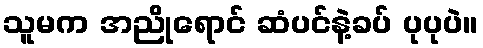
သူမက အညိုရောင် ဆံပင်နဲ့ခပ် ပုပုပဲ။